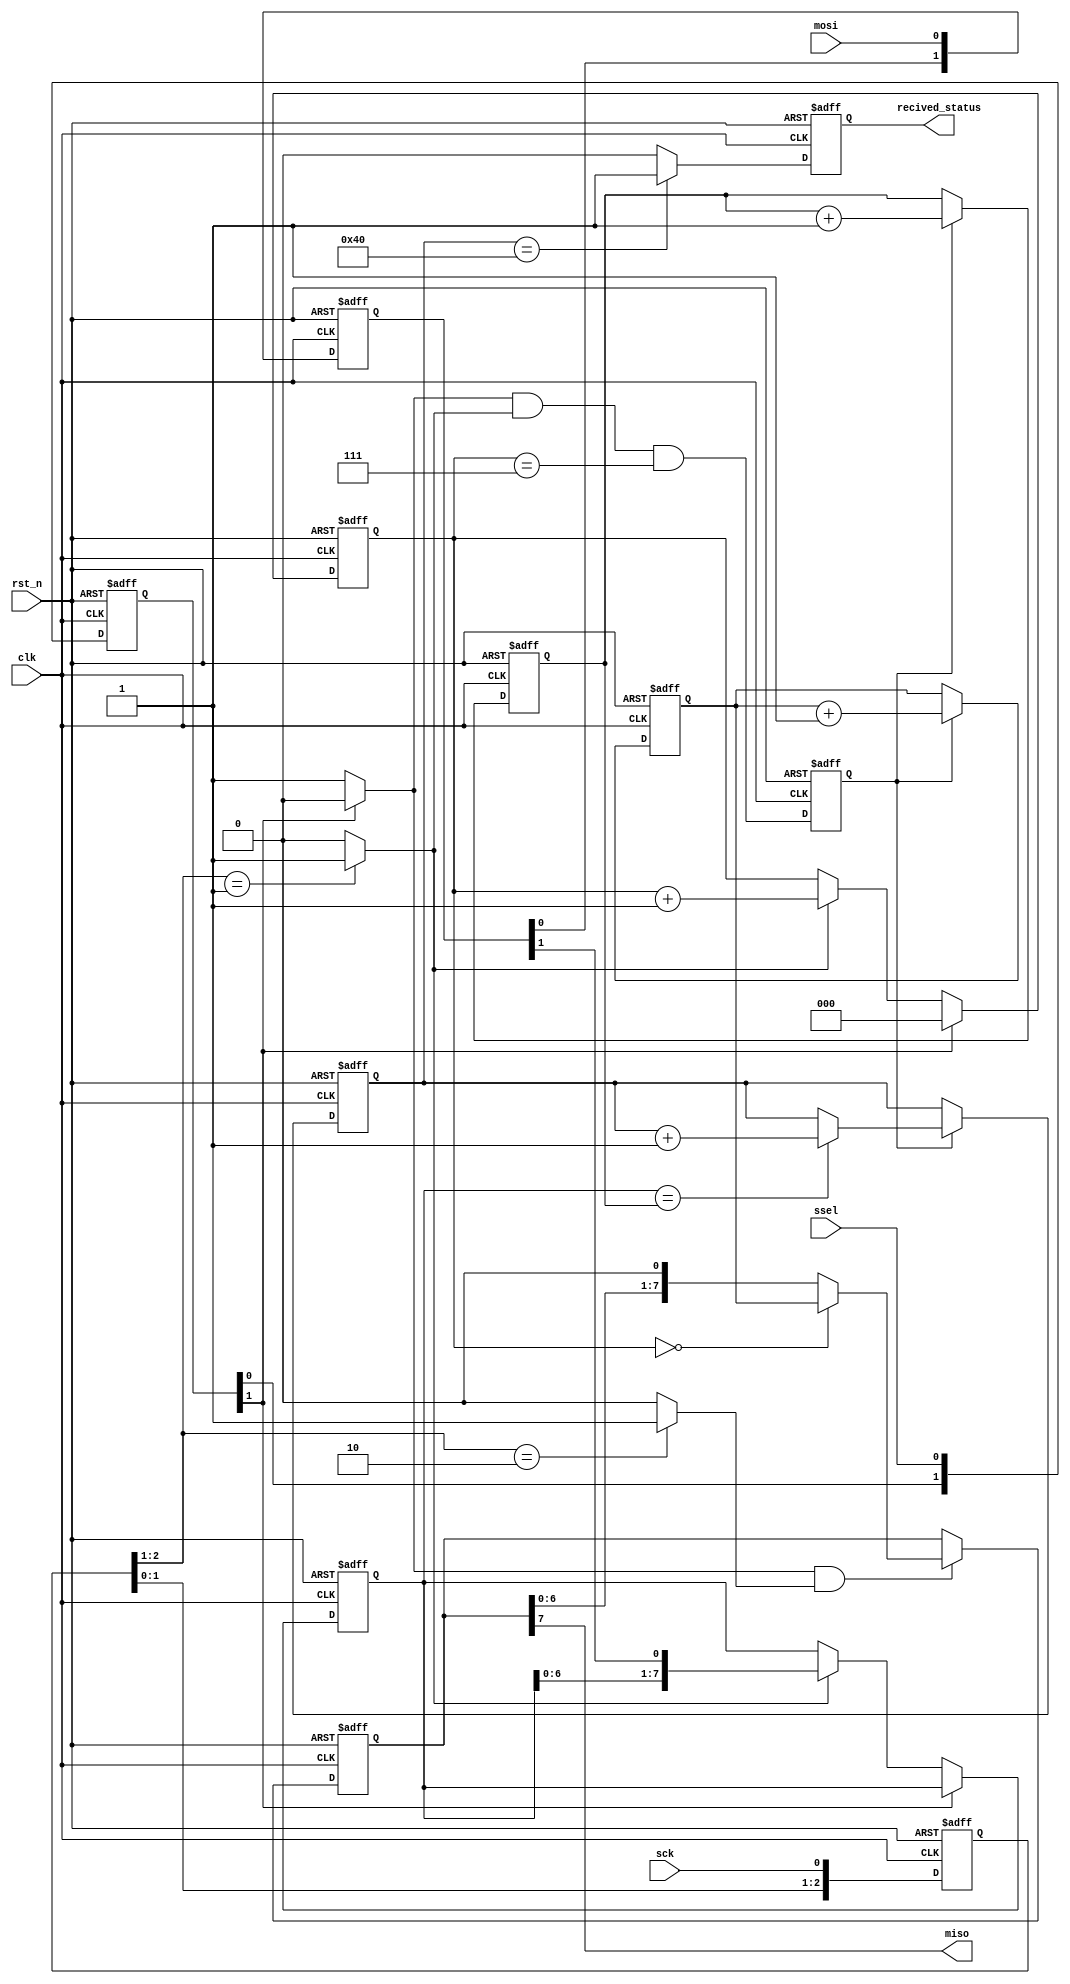
`timescale 1ns / 1ps

/*******************************************************************************


* Module Name: spi_slave
*******************************************************************************/
module spi_slave_0_base(
clk,sck,mosi,miso,ssel,rst_n,recived_status
);

input clk;
input rst_n;
input sck,mosi,ssel;
output miso;
output recived_status;

reg recived_status;
reg[2:0] sckr;
reg[2:0] sselr;
reg[1:0] mosir;
reg[2:0] bitcnt;
reg[7:0] bytecnt;
reg byte_received;  // high when a byte has been received
reg [7:0] byte_data_received;
reg[7:0] received_memory;
reg [7:0] byte_data_sent;
reg [7:0] cnt;

wire ssel_active;
wire sck_risingedge;
wire sck_fallingedge;
wire ssel_startmessage;
wire ssel_endmessage;
wire mosi_data;
/*******************************************************************************
*detect the rising edge and falling edge of sck
*******************************************************************************/
always @(posedge clk or negedge rst_n)begin
	if(!rst_n)
		sckr <= 3'h0;
	else
		sckr <= {sckr[1:0],sck};
end

assign sck_risingedge = (sckr[2:1] == 2'b01) ? 1'b1 : 1'b0;
assign sck_fallingedge = (sckr[2:1] == 2'b10) ? 1'b1 : 1'b0;

/*******************************************************************************
*detect starts at falling edge and stops at rising edge of ssel
*******************************************************************************/
always @(posedge clk or negedge rst_n)begin
	if(!rst_n)
		sselr <= 3'h0;
	else
		sselr <= {sselr[1:0],ssel};
end

assign  ssel_active = (~sselr[1]) ? 1'b1 : 1'b0;  // SSEL is active low
assign  ssel_startmessage = (sselr[2:1]==2'b10) ? 1'b1 : 1'b0;  // message starts at falling edge
assign  ssel_endmessage = (sselr[2:1]==2'b01) ? 1'b1 : 1'b0;  // message stops at rising edge

/*******************************************************************************
*read from mosi
*******************************************************************************/
always @(posedge clk or negedge rst_n)begin
	if(!rst_n)
		mosir <= 2'h0;
	else
		mosir <={mosir[0],mosi};
end

assign mosi_data = mosir[1];

/*******************************************************************************
*SPI slave reveive in 8-bits format
*******************************************************************************/
always @(posedge clk or negedge rst_n)begin
  if(!rst_n)begin
	bitcnt <= 3'b000;
	byte_data_received <= 8'h0;
  end
  else begin
   if(~ssel_active)
     bitcnt <= 3'b000;
   else begin
      if(sck_risingedge)begin
        bitcnt <= bitcnt + 3'b001;
        byte_data_received <= {byte_data_received[6:0], mosi_data};
      end
		else begin
		  bitcnt <= bitcnt;
        byte_data_received <= byte_data_received;
		end
	  end
  end
end

always @(posedge clk or negedge rst_n) begin
	if(!rst_n)
		byte_received <= 1'b0;
	else
		byte_received <= ssel_active && sck_risingedge && (bitcnt==3'b111);
end

always @(posedge clk or negedge rst_n) begin
	if(!rst_n)begin
		bytecnt <= 8'h0;
		received_memory <= 8'h0;
	end
   else begin 
	 if(byte_received) begin
		  bytecnt <= bytecnt + 1'b1;
	     received_memory <= (byte_data_received == bytecnt) ? (received_memory + 1'b1) : received_memory;
	 end
	 else begin
		  bytecnt <= bytecnt;
	     received_memory <= received_memory;
	 end
	end
end

/*******************************************************************************
*SPI  slave send date 
*******************************************************************************/
always @(posedge clk or negedge rst_n) begin
	 if(!rst_n)
	  cnt<= 8'h0;
	 else begin
     if(byte_received) 
			cnt<=cnt+8'h1;  // count the messages
		else
			cnt<=cnt;
    end
end

always @(posedge clk or negedge rst_n) begin
    if(!rst_n)
		byte_data_sent <= 8'h0;
	 else begin
      if(ssel_active && sck_fallingedge) begin
          if(bitcnt==3'b000)
               byte_data_sent <= cnt;  // after that, we send 0s
           else
               byte_data_sent <= {byte_data_sent[6:0], 1'b0};
		end
		else
			byte_data_sent <= byte_data_sent;
	end
end

assign miso = byte_data_sent[7];  // send MSB first

always @(posedge clk or negedge rst_n) begin
	 if(!rst_n)
	  recived_status <= 1'b0;
	 else 
	  recived_status <= (received_memory == 8'd64) ? 1'b1 : 1'b0;
end

endmodule